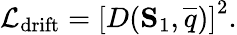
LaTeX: \mathcal{L}_{\mathrm{drift}}=\left[D(\mathbf{S}_{1},\overline{{q}})\right]^{2}.